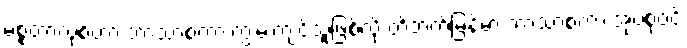
မစ္စတာလုစ်ဟာ ဘာသာစကားကျွမ်းကျင်သူဖြစ်လို့ တိဘက်မြန်မာ ဘာသာစကားအုပ်စုဝင်